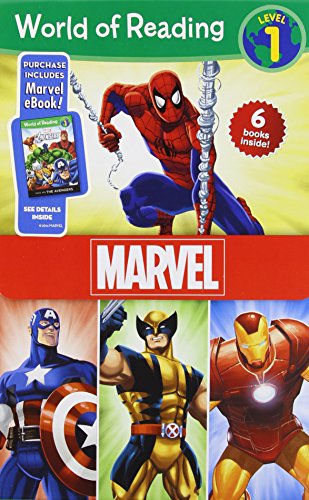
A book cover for World of Reading Marvel Boxed Set: Level 1: Purchase Includes Marvel eBook!; Disney Book Group; Children's Books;